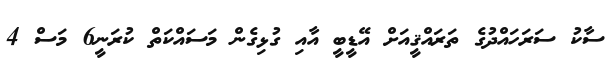
ސާކު ސަރަހައްދުގެ ތަރައްޤީއަށް އޭޑީބީ އާއި ގުޅިގެން މަސައްކަތް ކުރަނީ6 މަސް 4